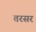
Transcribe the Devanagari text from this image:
तरसर